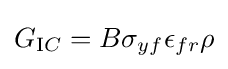
G_{\mathrm {I} C}=B\sigma _{yf}\epsilon _{fr}\rho